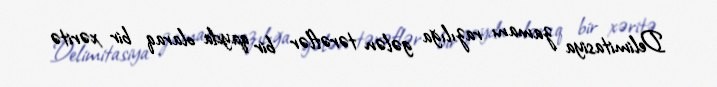
Delimitasiya zamanı razılığa gələn tərəflər bir qayda olaraq bir xəritə